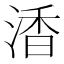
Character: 㴡